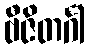
ဗီဇိတင်္ဂါ